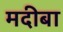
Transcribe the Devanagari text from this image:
मदीबा